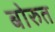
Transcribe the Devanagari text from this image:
बोरुत